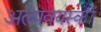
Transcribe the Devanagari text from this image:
अल्पवयस्कों